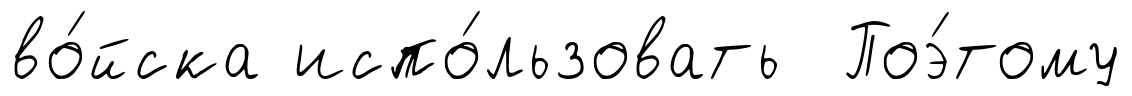
во́йска испо́льзовать Поэ́тому